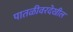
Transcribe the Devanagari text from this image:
पातळीवरदेखील